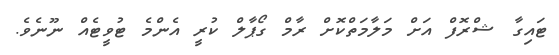
ޓައިގާ ޝްރޮފް އަށް މަލާމަތްކޮށް ރާމް ގޯޕާލް ކުރީ އެންމެ ޓުވީޓެއް ނޫނެވެ.